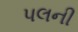
પલની